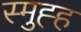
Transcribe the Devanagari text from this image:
स्मुह्ह